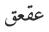
عقعق